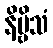
နိဗ္ဗိသံ